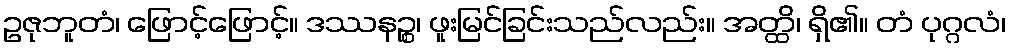
ဥဇုဘူတံ၊ ဖြောင့်ဖြောင့်။ ဒဿနဉ္စ၊ ဖူးမြင်ခြင်းသည်လည်း။ အတ္ထိ၊ ရှိ၏။ တံ ပုဂ္ဂလံ၊